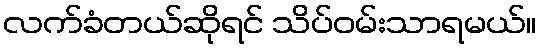
လက်ခံတယ်ဆိုရင် သိပ်ဝမ်းသာရမယ်။